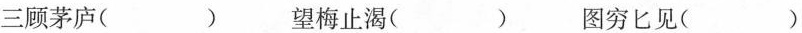
三顾茅庐( ) 望梅止渴( ) 图穷匕见（）